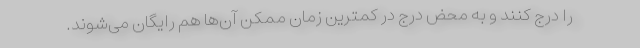
را درج کنند و به محض درج در کمترین زمان ممکن آن‌ها هم رایگان می‌شوند.